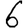
Digit: 6